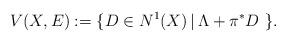
LaTeX: \begin{align*}V(X,E):=\{ D\in N^1(X)\,|\, \Lambda+\pi^*D\ \}.\end{align*}